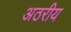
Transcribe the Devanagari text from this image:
अठरीय